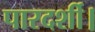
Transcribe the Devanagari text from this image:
पारदर्शी।